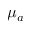
\mu _ { a }